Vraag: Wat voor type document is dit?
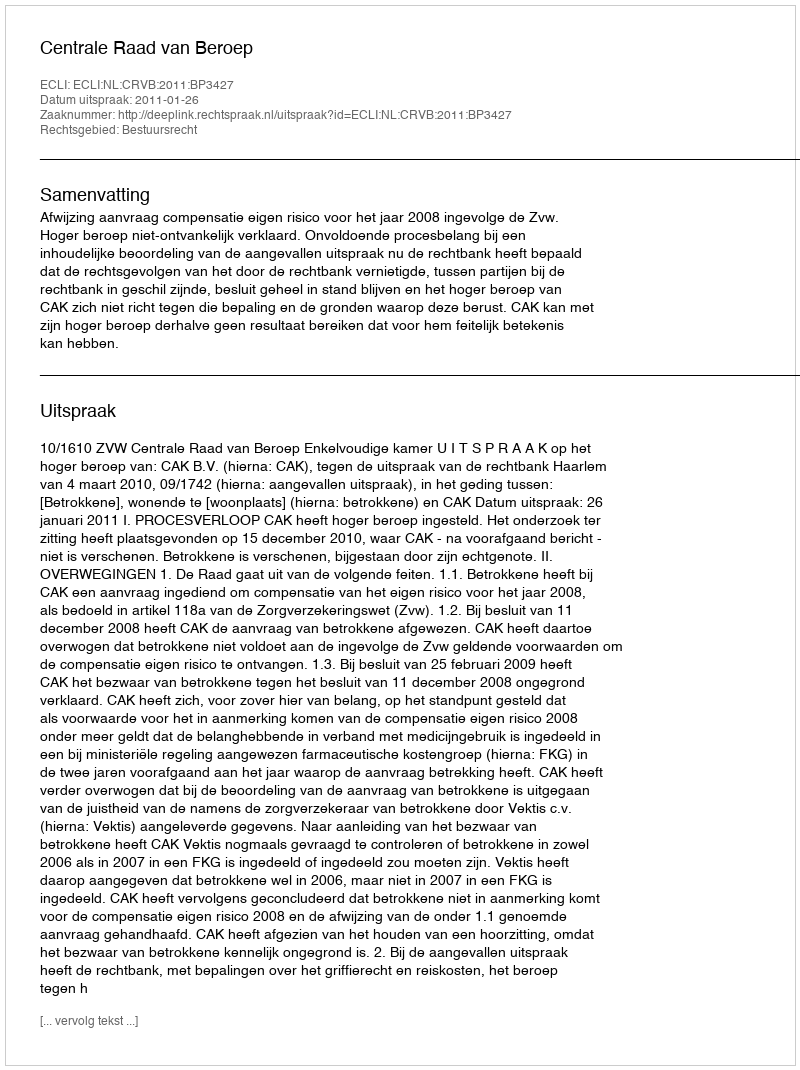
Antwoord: Uitspraak